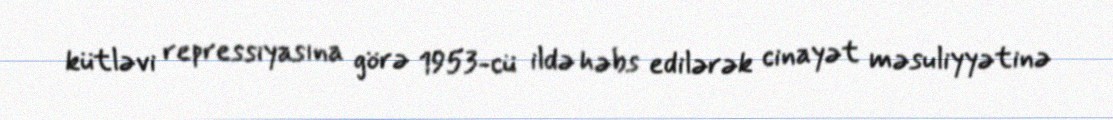
kütləvi repressiyasına görə 1953-cü ildə həbs edilərək cinayət məsuliyyətinə